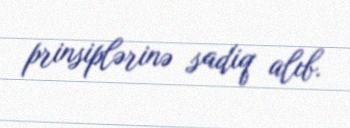
prinsiplərinə sadiq alıb.